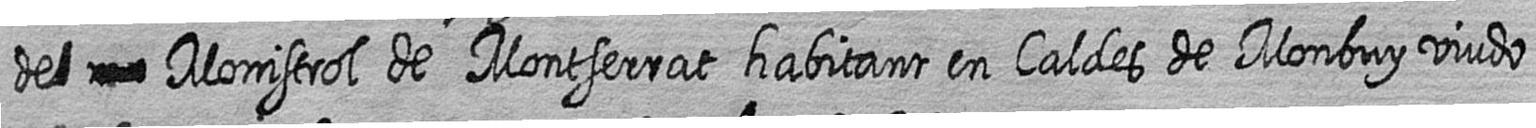
de# # Monistrol de Montserrat habitant en Caldes de Monbuy viudo